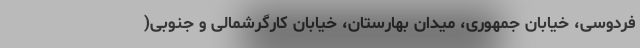
فردوسی، خیابان جمهوری، میدان بهارستان، خیابان کارگرشمالی و جنوبی(